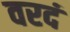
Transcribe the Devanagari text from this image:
वरदं